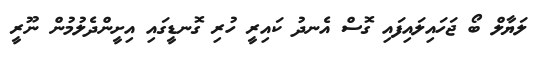
ލަޔާލް ބޯ ޖަހައިލައިފައި ގޮސް އެނދު ކައިރީ ހުރި ގޮނޑީގައި އިށީންދެލުމުން ނޫރީ